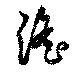
淫